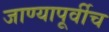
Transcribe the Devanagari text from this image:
जाण्यापूर्वीच